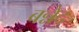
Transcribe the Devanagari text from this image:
बन्नेद